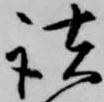
諸